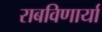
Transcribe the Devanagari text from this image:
राबविणार्या